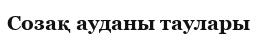
Созақ ауданы таулары